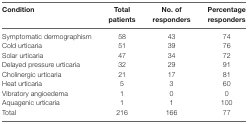
| Condition | Total patients | No. of responders | Percentage responders |
 | --- | --- | --- | --- |
 | Symptomatic dermographism | 58 | 43 | 74 |
 | Cold urticaria | 51 | 39 | 76 |
 | Solar urticaria | 47 | 34 | 72 |
 | Delayed pressure urticaria | 32 | 29 | 91 |
 | Cholinergic urticaria | 21 | 17 | 81 |
 | Heat urticaria | 5 | 3 | 60 |
 | Vibratory angioedema | 1 | 0 | 0 |
 | Aquagenic urticaria | 1 | 1 | 100 |
 | Total | 216 | 166 | 77 |